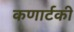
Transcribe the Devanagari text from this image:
कणार्टकी